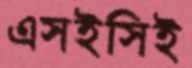
এসইসিই